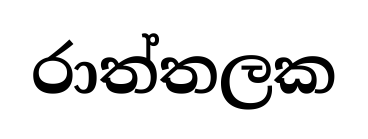
රාත්තලක